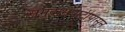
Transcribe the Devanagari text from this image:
समुद्रासपाटीपासून